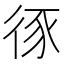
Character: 𢓻